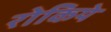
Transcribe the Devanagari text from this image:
रोकिये